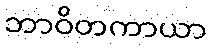
ဘာဝိတကာယာ